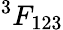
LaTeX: ^3F_{123}